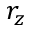
r _ { z }